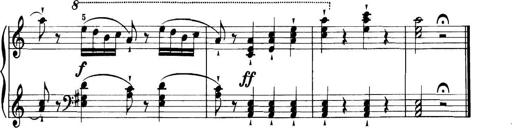
Title: 11 Sonatinas
Composer: Anton Diabelli